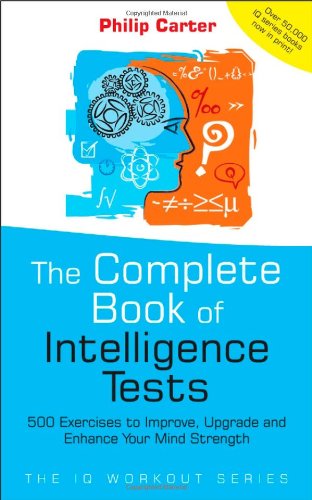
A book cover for The Complete Book of Intelligence Tests: 500 Exercises to Improve, Upgrade and Enhance Your Mind Strength; Philip Carter; Self-Help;